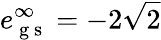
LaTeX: e_{\mathrm{~g~s~}}^{\infty}=-2\sqrt{2}